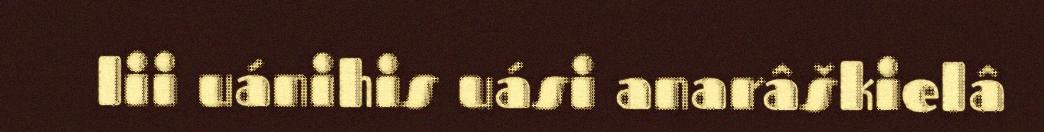
lii uánihis uási anarâškielâ